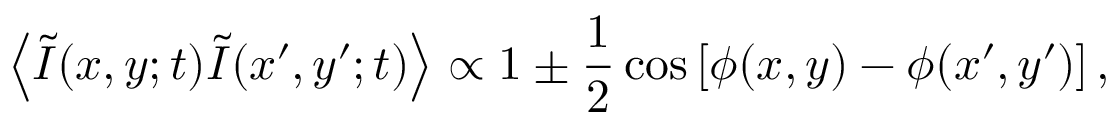
\left\langle \tilde { I } ( x , y ; t ) \tilde { I } ( x \prime , y \prime ; t ) \right\rangle \propto 1 \pm \frac { 1 } { 2 } \cos \left[ \phi ( x , y ) - \phi ( x \prime , y \prime ) \right] ,